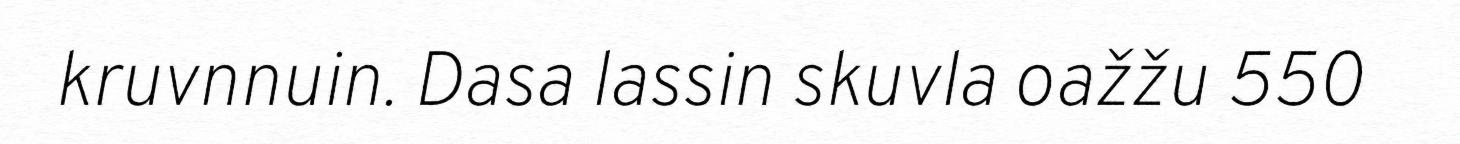
kruvnnuin. Dasa lassin skuvla oažžu 550